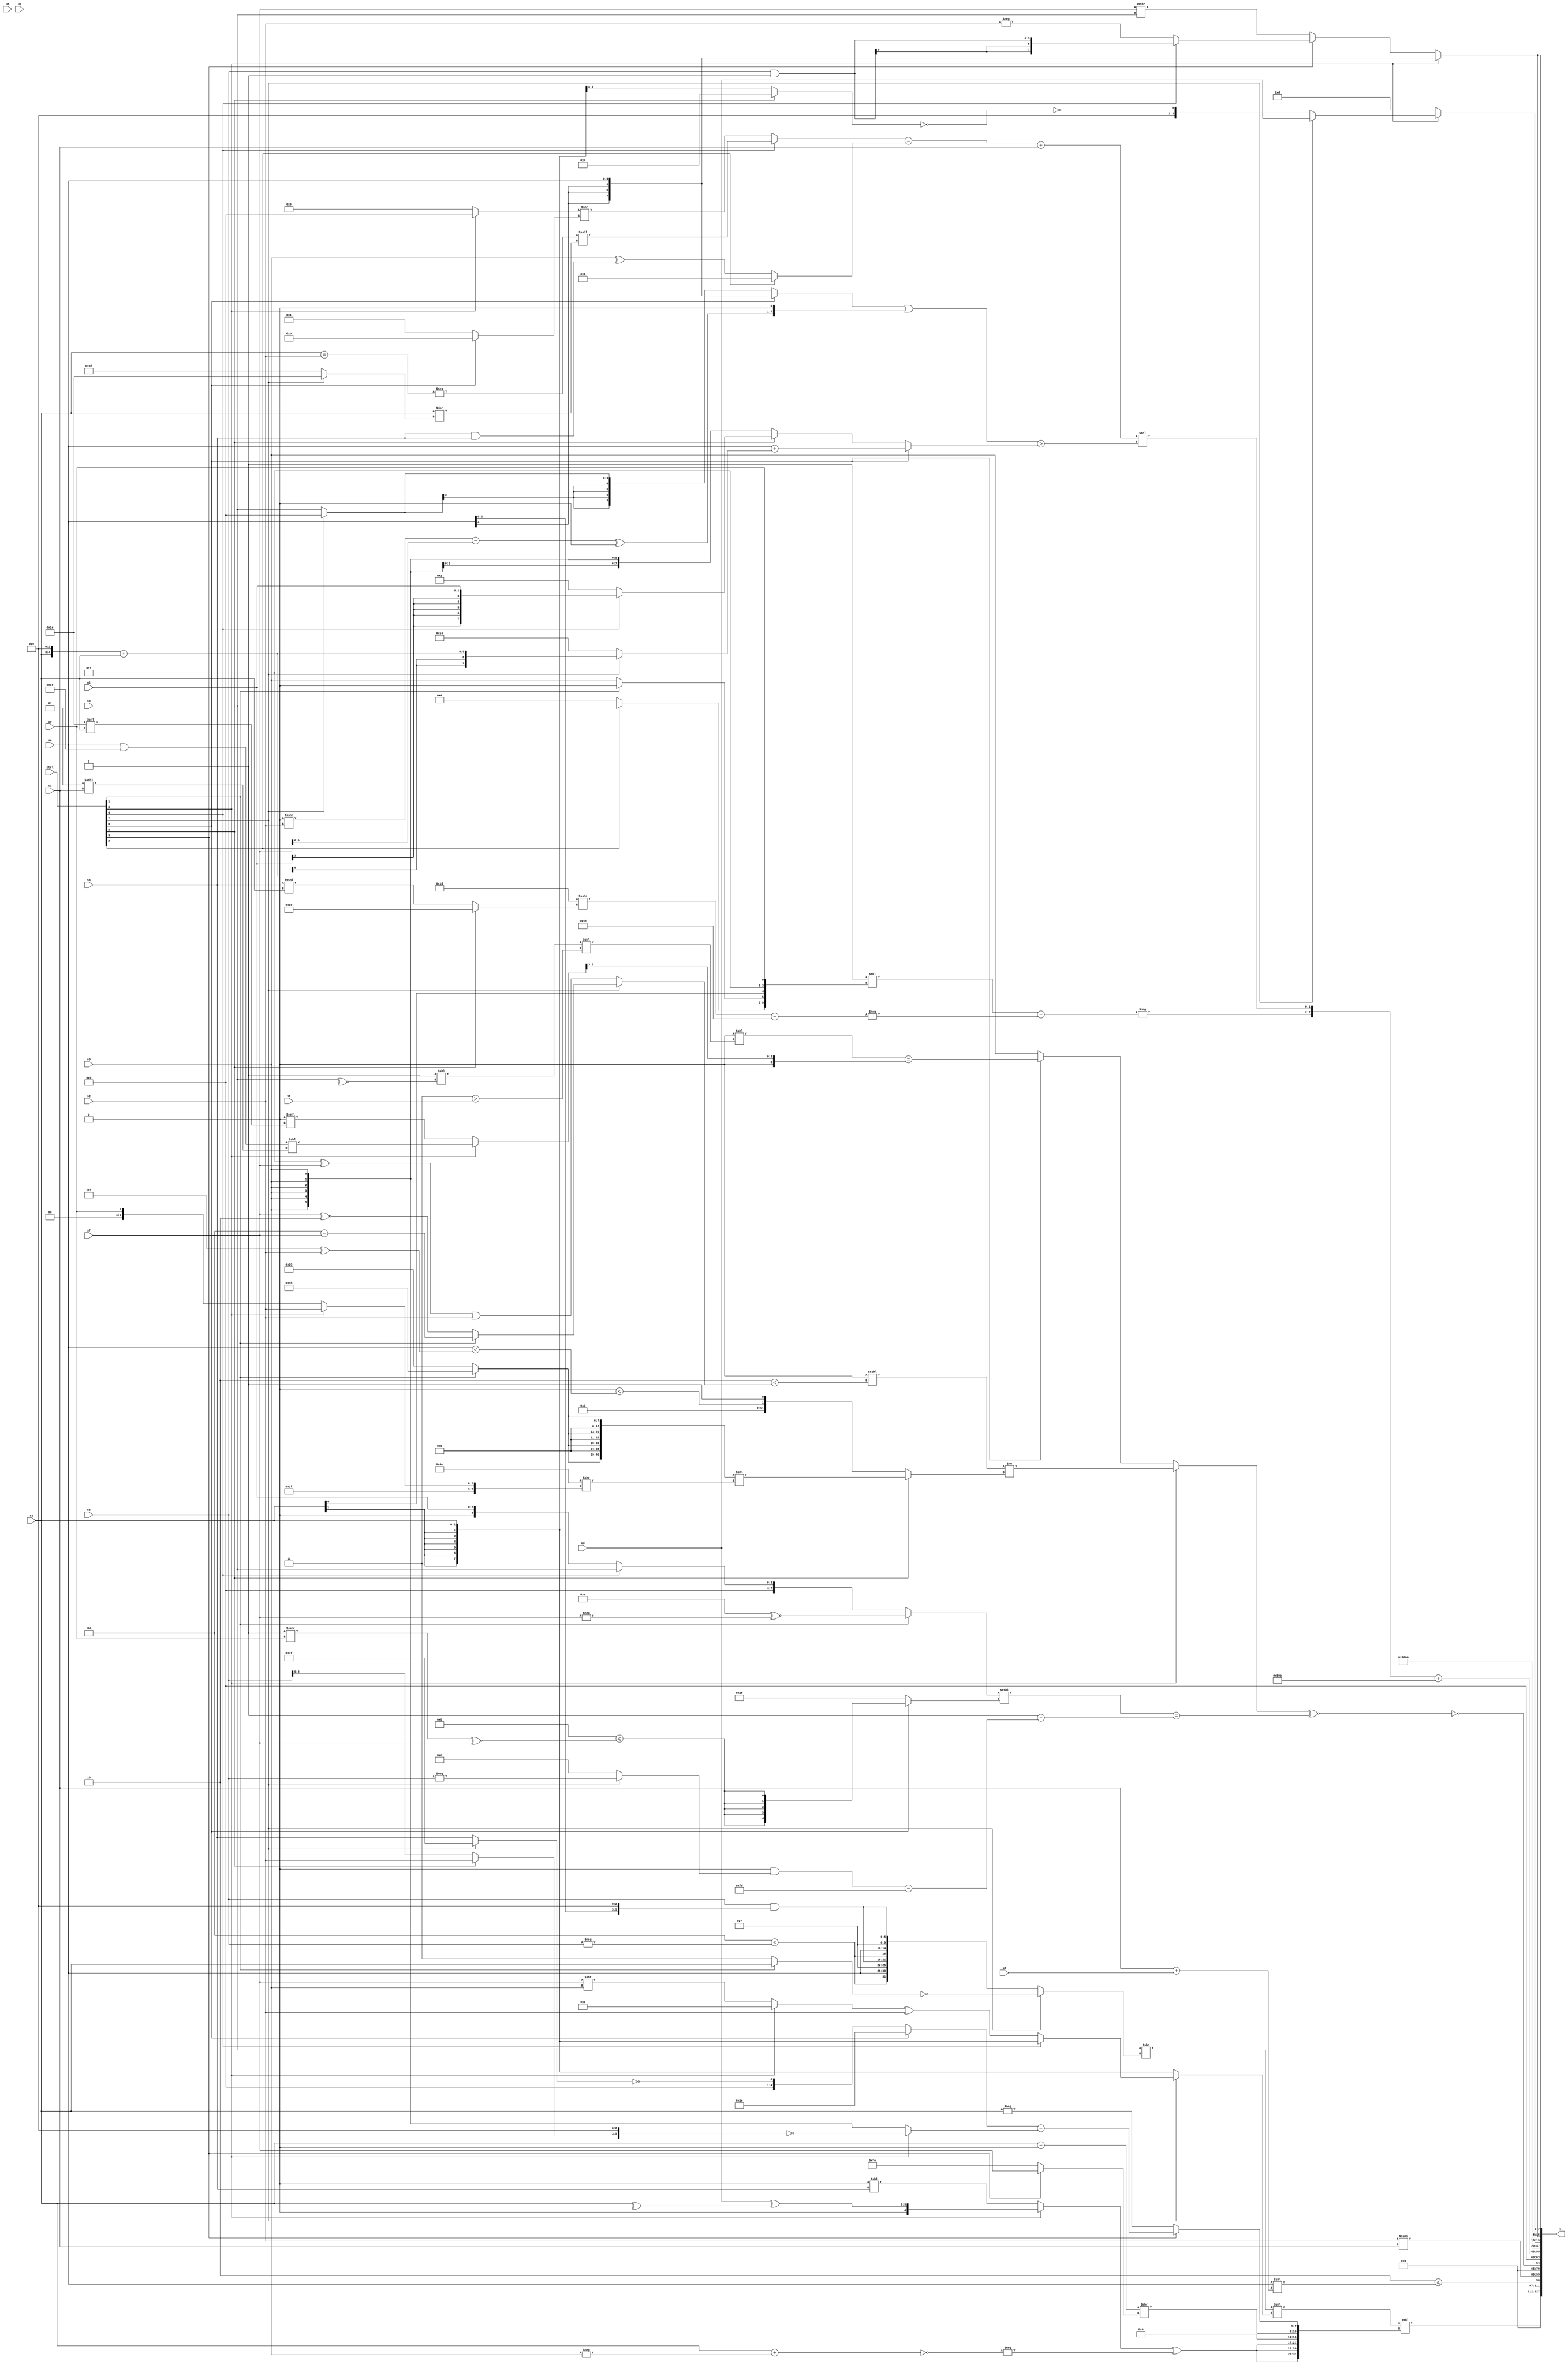
module wideexpr_00765(ctrl, u0, u1, u2, u3, u4, u5, u6, u7, s0, s1, s2, s3, s4, s5, s6, s7, y);
  input [7:0] ctrl;
  input [0:0] u0;
  input [1:0] u1;
  input [2:0] u2;
  input [3:0] u3;
  input [4:0] u4;
  input [5:0] u5;
  input [6:0] u6;
  input [7:0] u7;
  input signed [0:0] s0;
  input signed [1:0] s1;
  input signed [2:0] s2;
  input signed [3:0] s3;
  input signed [4:0] s4;
  input signed [5:0] s5;
  input signed [6:0] s6;
  input signed [7:0] s7;
  output [127:0] y;
  wire [15:0] y0;
  wire [15:0] y1;
  wire [15:0] y2;
  wire [15:0] y3;
  wire [15:0] y4;
  wire [15:0] y5;
  wire [15:0] y6;
  wire [15:0] y7;
  assign y = {y0,y1,y2,y3,y4,y5,y6,y7};
  assign y0 = (((s3)>>((ctrl[7]?~($signed((ctrl[1]?s1:2'sb11))):{2{{($signed(3'sb100))<(-(s5)),s4,$signed($signed(4'b0111)),($unsigned(s5))&((s4)<<(2'b11))}}})))<<((ctrl[7]?$signed((ctrl[4]?s1:((ctrl[6]?$signed(1'sb0):(s7)>>(s0)))^(s2))):s1)))<<({{3{((ctrl[6]?$unsigned((u3)^(^(s1))):(((2'sb11)&(u4))>>($signed(5'b11001)))<<(s6)))^(-(~((s1)+(-(s0)))))}},+((s5)>>((1'sb0)^(5'b01011))),((s1)-((5'sb11100)<<<(4'b1101)))>>((ctrl[3]?s7:3'sb110)),(ctrl[3]?($signed((ctrl[0]?(~(5'sb00001))>>>(1'sb0):!((ctrl[7]?2'sb11:s6)))))-((ctrl[6]?~(((ctrl[5]?s2:s5))<<<($unsigned(2'sb11))):s0)):-(s1))});
  assign y1 = +((5'sb00010)<=($unsigned(($signed(s4))<<(({{2'b00,u1}})+(u4)))));
  assign y2 = (s2)<<<($unsigned(u1));
  assign y3 = !(((ctrl[6]?((!(2'b01))<<<((+(4'sb1110))<((ctrl[7]?(ctrl[1]?(3'sb100)-(s7):(s7)^~(3'sb110)):((4'sb0011)^(s7))|($signed(s2))))))!=((ctrl[5]?({4{(ctrl[1]?5'sb11011:{5'sb00000,6'sb101101,1'b0,1'sb1})}})<<(({4'sb1001,$unsigned(3'b110)})>>({$unsigned(6'b011111),(ctrl[6]?s2:u0)})):{($unsigned(&(6'sb001101)))<((s4)<((6'sb111101)^(s2))),|({(3'sb101)<<<(u2),{s5,2'sb01,s0,s0}})})):(ctrl[0]?((((3'sb001)>>>({4{4'sb1001}}))>>($unsigned($signed(6'b000010))))<<(((4'sb1111)<<(~^(s3)))<<({1{(3'b011)>(u5)}})))==(((ctrl[6]?((s4)|(6'sb011111))<<((6'sb000001)<<<(u1)):($signed(1'sb0))<<<((6'sb011110)<<(s1))))>>((2'sb11)<<($signed(2'b00)))):s0)))^~((((ctrl[1]?(4'sb1110)^~(-($signed($signed(s7)))):(ctrl[4]?s3:$signed($signed(u2)))))<<<((ctrl[0]?$signed((5'sb11000)<=(((1'sb1)>>>(u0))^~(s7))):5'sb10110)))==((1'sb1)-(((+(~|(4'sb1010)))&((ctrl[7]?+(-(s5)):$signed((4'sb1110)<<(1'sb1)))))-(+(-(5'b00011)))))));
  assign y4 = ({($unsigned(4'sb0011))<<<({3{6'sb111001}}),-((+((+({+(1'sb1)}))<<({1{{(ctrl[2]?s3:3'b100),(ctrl[1]?1'b0:s0),(s1)<<(2'sb01),{2'b11,u0}}}})))-(-((({1{(6'sb011010)-(5'sb11101)}})>>>((ctrl[5]?(5'sb00010)<<<(3'sb011):(s6)<<<(s1))))-(6'b111101)))),((((ctrl[4]?(-((s1)==(s2)))<<<((s1)>>((ctrl[7]?6'sb011110:3'sb111))):((ctrl[6]?(2'sb10)>>>(6'b100011):4'sb1001))>>((ctrl[0]?4'sb1011:+(3'sb001)))))==((ctrl[2]?3'sb010:(s0)^($signed((s6)&(s6))))))+(u1))<<(((+((ctrl[0]?+($signed(s4)):+((ctrl[7]?4'sb0000:s3)))))|(((((1'sb0)>>>(s2))-(s7))^($signed($signed(2'sb00))))<<({1{$signed((3'sb110)!=(6'sb001010))}})))>((ctrl[0]?(s4)+((ctrl[7]?((s1)<<(2'sb11))+($signed(s1)):$signed($unsigned(6'sb010110)))):(ctrl[5]?(ctrl[4]?$signed(u2):4'sb0001):s0))))})+({^(1'sb1),6'sb011001,4'sb1011});
  assign y5 = $signed($signed(2'sb01));
  assign y6 = (ctrl[6]?(ctrl[7]?u3:!(!((ctrl[5]?5'sb00100:s1)))):({1{-(5'b01111)}})-(4'sb0100));
  assign y7 = {2{(ctrl[6]?s4:(ctrl[3]?(ctrl[4]?+((s5)&(3'sb111)):-(+(s2))):(s7)>>>(s3)))}};
endmodule